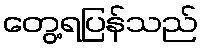
တွေ့ရပြန်သည်